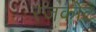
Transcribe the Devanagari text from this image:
रजकोट